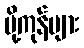
ပို့ကုန်များ